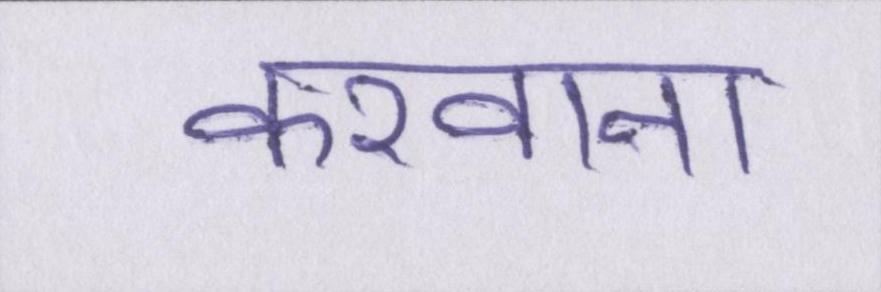
करवाना